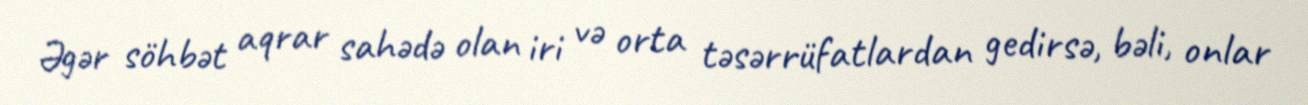
Əgər söhbət aqrar sahədə olan iri və orta təsərrüfatlardan gedirsə, bəli, onlar